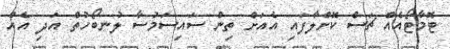
ޓޮމާޓޯއެއް ޗަސް ކޮށްލާފައި އެއަށް ތިން ސައިސަމުސާ ލުނބޯހުތް އަދި އެއް